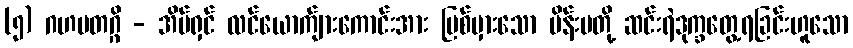
(၅) ဂဟပတဂ္ဂိ - အိမ်ရှင် လင်ယောက်ျားကောင်းအား ပြစ်မှားသော မိန်းမတို့ ဆင်းရဲဒုက္ခတွေ့ရခြင်းဟူသော